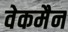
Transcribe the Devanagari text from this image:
वेकमैन